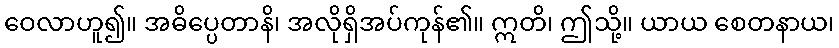
ဝေလာဟူ၍။ အဓိပ္ပေတာနိ၊ အလိုရှိအပ်ကုန်၏။ ဣတိ၊ ဤသို့။ ယာယ စေတနာယ၊